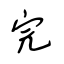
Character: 完